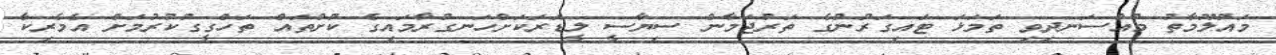
މައުލޫމާތު މުއްސަނދިވި ތަމަޅަ ޓައިގަރުންގެ ތަރުޖަމާން ސިޔާސީ ލީޑަރަކަށްހަނގުރާމައިގެ ކުށްތައް ތަހްގީގުކުރުމަށް އެމެރިކާ